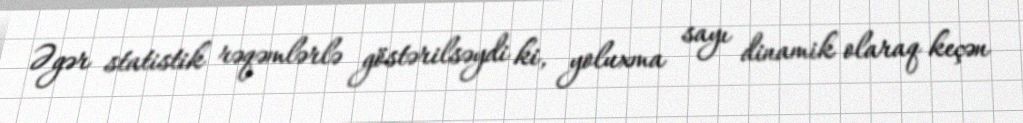
Əgər statistik rəqəmlərlə göstərilsəydi ki, yoluxma sayı dinamik olaraq keçən